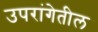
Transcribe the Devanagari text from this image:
उपरांगेतील